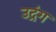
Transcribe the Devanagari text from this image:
उद्रंग